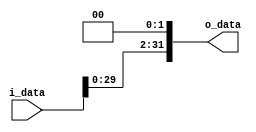
module shiftLeftBy2(i_data, o_data);
parameter WIDTH = 32;
input   [WIDTH-1:0]   i_data;
output reg [WIDTH-1:0]   o_data;

always @(i_data) begin
    o_data <= i_data << 2;
end

endmodule